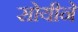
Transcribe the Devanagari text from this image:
सोयीने